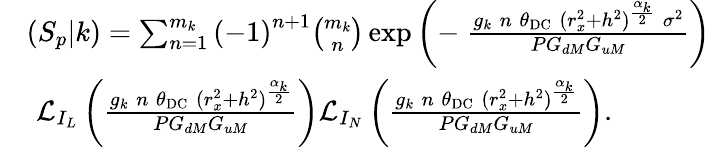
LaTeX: \begin{array}{rl}&{\! \! (S_{p}|k)=\sum_{n=1}^{m_{k}}\left(-1\right)^{n+1}{\binom{m_{k}}{n}}\exp\left(-\; \frac{g_{k}\; n\; \theta_{\mathrm{DC}}\; (r_{x}^{2}+h^{2})^{\frac{\alpha_{k}}{2}}\; \sigma^{2}}{PG_{dM}G_{uM}}\right)}\\ {\; }&{\mathcal{L}_{I_{L}}\left(\frac{g_{k}\; n\; \theta_{\mathrm{DC}}\; (r_{x}^{2}+h^{2})^{\frac{\alpha_{k}}{2}}}{PG_{dM}G_{uM}}\right)\mathcal{L}_{I_{N}}\left(\frac{g_{k}\; n\; \theta_{\mathrm{DC}}\; (r_{x}^{2}+h^{2})^{\frac{\alpha_{k}}{2}}}{PG_{dM}G_{uM}}\right).}\end{array}